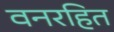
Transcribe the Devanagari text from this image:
वनरहित